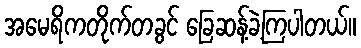
အမေရိကတိုက်တခွင် ခြေဆန့်ခဲ့ကြပါတယ်။